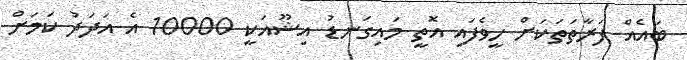
ބައެއް ފަރާތަތަކަށް ހީވެފައި އޮތީ މައިގަނޑު އިޝޫއަކީ 10000 އެ އަދަދު ކަމަށް